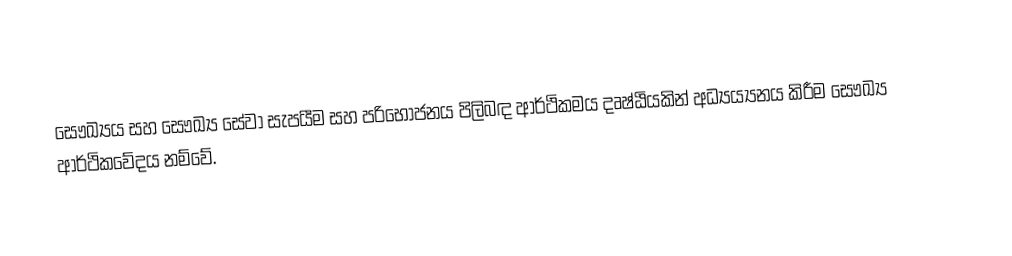
සෞඛ්‍යය සහ සෞඛ්‍ය සේවා සැපයීම සහ පරිභෝජනය පිලිබඳ ආර්ථිකමය දෘෂ්ඨියකින් අධ්‍යය්‍යනය කිරීම සෞඛ්‍ය ආර්ථිකවේදය නම්වේ.